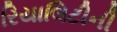
રિયાલિટીની